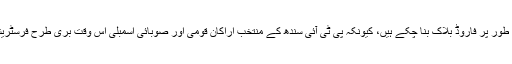
پی ٹی آئی سندھ کے اراکین اسمبلی، ذہنی طور پر فاروڈ بلاک بنا چکے ہیں، کیونکہ پی ٹی آئی سندھ کے منتخب اراکانِ قومی اور صوبائی اسمبلی اس وقت بری طرح فرسٹریشن و عوامی دباو¿ کا سامنا کررہے ہیں۔